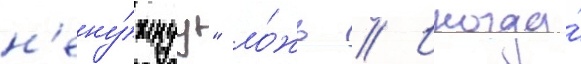
н'ену́жнуу" ло́жь // Иногда́